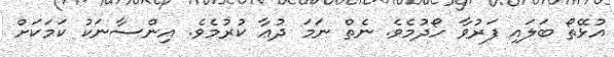
އުޅޭތޯ ބަލައި ފަރުވާ ހޯދުމެވެ. ނެތް ނަމަ ދުޢާ ކުރުމެވެ. އިންސާނަކު ކަމަކަށް